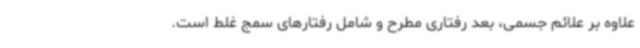
علاوه بر علائم جسمی، بعد رفتاری مطرح و شامل رفتارهای سمج غلط است.